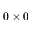
0 \times 0